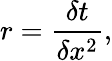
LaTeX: r=\frac{\delta t}{\delta x^{2}},